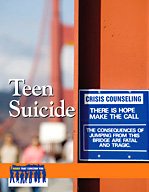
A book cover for Teen Suicide (Issues That Concern You); Heidi Williams; Teen & Young Adult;